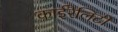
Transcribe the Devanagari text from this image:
काईरैलिटी